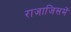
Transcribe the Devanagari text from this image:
राजाजिसमें